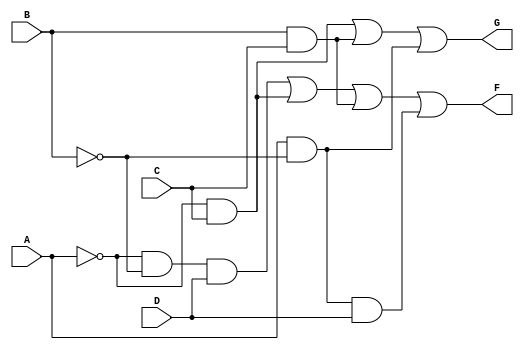
module combinational_logic (
    input wire A,
    input wire B,
    input wire C,
    input wire D,
    output wire F,
    output wire G
);

// Intermediate signals for the simplified expressions
wire not_A = ~A;
wire not_B = ~B;
wire term1 = not_A & not_B & D;    // A B D
wire term2 = not_A & C;             // A C
wire term3 = B & C;                 // B C
wire term4 = A & not_B & D;         // A B D

// Output logic for F
assign F = term1 | term2 | term3 | term4;

// Output logic for G
assign G = term2 | term3 | (A & not_B);  // A C + B C + A B

endmodule